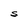
Character: S